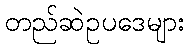
တည်ဆဲဥပဒေများ